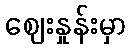
ဈေးနှုန်းမှာ